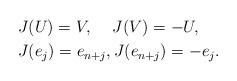
LaTeX: \begin{align*}&J(U)=V,\quad\, J(V)=-U, \\&J(e_j)=e_{n+j}, J(e_{n+j})=-e_j.\end{align*}